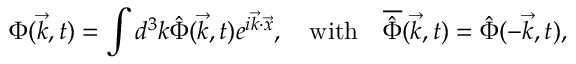
\Phi ( \vec { k } , t ) = \int d ^ { 3 } k { \hat { \Phi } } ( \vec { k } , t ) e ^ { i { \vec { k } } \cdot { \vec { x } } } , \quad \mathrm { w i t h } \quad { \overline { { { \hat { \Phi } } } } } ( \vec { k } , t ) = { \hat { \Phi } } ( - \vec { k } , t ) , \nonumber